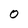
Character: 0